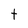
Character: t